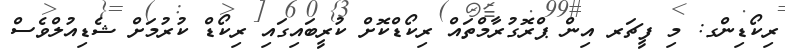
ރިކޯޑިންގ: މި ފީޗަރ އިން ޕްރޮގުރާމްތައް ރިކޯޑްކޮށް ކުރީބައިގައި ރިކޯޑް ކުރުމަށް ޝެޑިއުލްވެސް